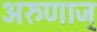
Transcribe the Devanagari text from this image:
अरुणाज्